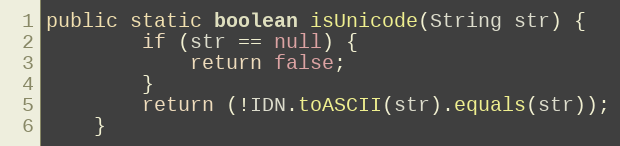
Language: Java
public static boolean isUnicode(String str) {
		if (str == null) {
			return false;
		}
		return (!IDN.toASCII(str).equals(str));
	}